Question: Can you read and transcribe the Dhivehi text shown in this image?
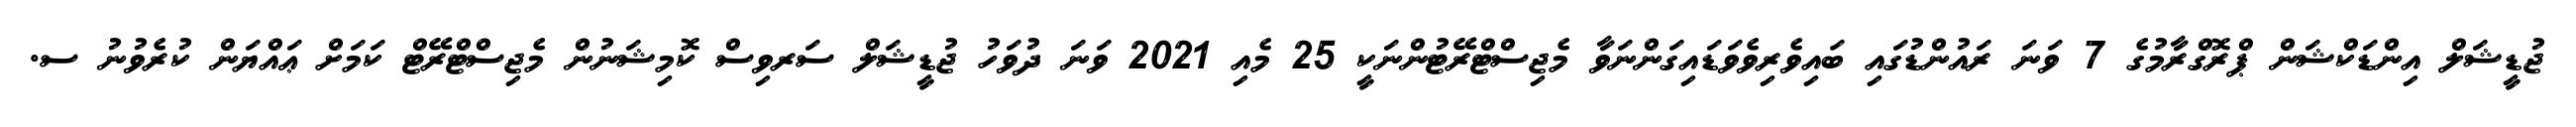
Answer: ޖުޑީޝަލް އިންޑަކްޝަން ޕްރޮގްރާމުގެ 7 ވަނަ ރައުންޑުގައި ބައިވެރިވެވަޑައިގަންނަވާ މެޖިސްޓްރޭޓުންނަކީ 25 މެއި 2021 ވަނަ ދުވަހު ޖުޑީޝަލް ސަރވިސް ކޮމިޝަނުން މެޖިސްޓްރޭޓް ކަމަށް ޢައްޔަން ކުރެވުނު ސ.